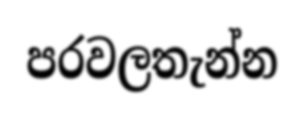
පරවලතැන්න